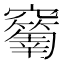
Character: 𥩅